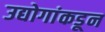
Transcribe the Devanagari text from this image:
उद्योगांकडून